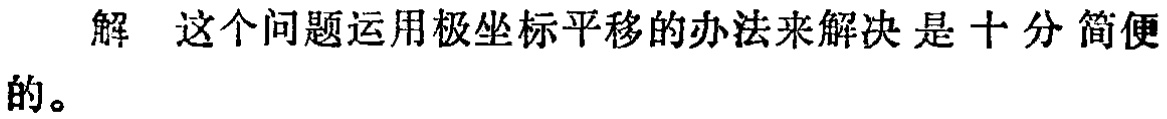
解 这个问题运用极坐标平移的办法来解决是十分简便的。